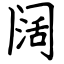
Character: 阔